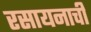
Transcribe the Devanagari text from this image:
रसायनाची